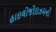
હાઇલોજોઇઝમનો